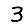
Digit: 3